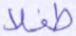
طفلا